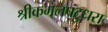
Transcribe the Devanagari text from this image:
श्रीकमलपटुधरा